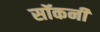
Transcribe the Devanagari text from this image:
सॉकनी